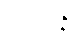
သုဒိန္နော